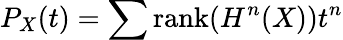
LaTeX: P_{X}(t)=\sum{\mathrm{rank}}(H^{n}(X))t^{n}